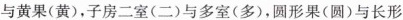
与黄果(黄)，子房二室(二)与多室(多)，圆形果(圆)与长形